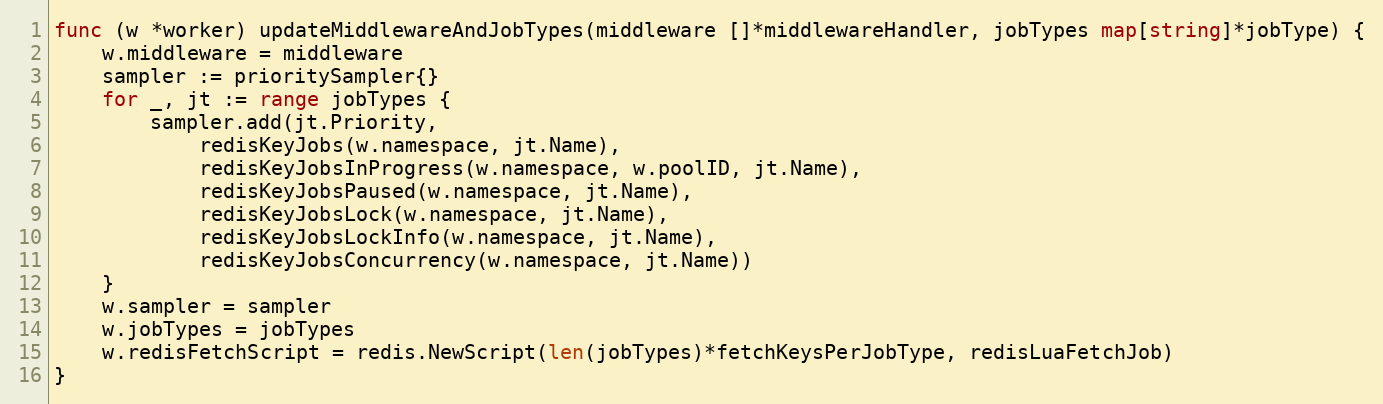
Language: Go
func (w *worker) updateMiddlewareAndJobTypes(middleware []*middlewareHandler, jobTypes map[string]*jobType) {
	w.middleware = middleware
	sampler := prioritySampler{}
	for _, jt := range jobTypes {
		sampler.add(jt.Priority,
			redisKeyJobs(w.namespace, jt.Name),
			redisKeyJobsInProgress(w.namespace, w.poolID, jt.Name),
			redisKeyJobsPaused(w.namespace, jt.Name),
			redisKeyJobsLock(w.namespace, jt.Name),
			redisKeyJobsLockInfo(w.namespace, jt.Name),
			redisKeyJobsConcurrency(w.namespace, jt.Name))
	}
	w.sampler = sampler
	w.jobTypes = jobTypes
	w.redisFetchScript = redis.NewScript(len(jobTypes)*fetchKeysPerJobType, redisLuaFetchJob)
}